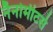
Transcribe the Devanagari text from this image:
नैनोमीटर्स